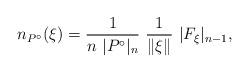
LaTeX: \begin{align*} n_{P^\circ} (\xi) = \frac{1}{n \ |P^\circ|_n} \ \frac{1}{\|\xi\|} \ |F_\xi|_{n-1},\end{align*}